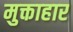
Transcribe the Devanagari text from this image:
मुक्ताहार